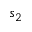
s _ { 2 }